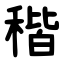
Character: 稭